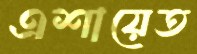
এশায়েত